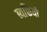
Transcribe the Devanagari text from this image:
ब्यक्तियो